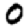
Digit: 0